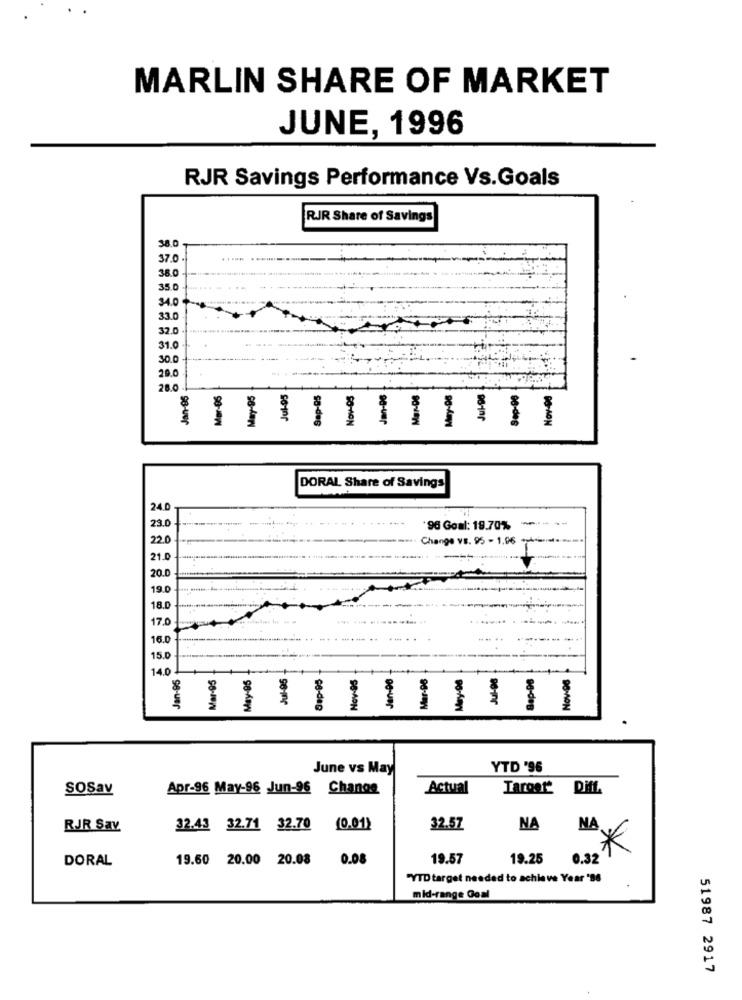
MARLIN SHARE OF MARKET
JUNE, 1996
RJR Savings Performance Vs.Goals
RJR Share of Savings
38.0
37.0
.....
38.0
35.0
34.0
33.0
32.0
31.0
30.0
29.0
26.0
Jan-96
Mar-06
Jul-98
Sep-06
Nov-00
111111;
DORAL Share of Savings
24.
23.0
-
'96 Goal: 19.70%
22.0
Change vs. 95 - 1.96
21.0
20.0
19.0
18.0
17.0
16.0 }
15.0
14.0
Jan-95
Mar-95
May-95
Jul-95
Sup-85
Nov-95
Jan-96
Mar-06
May-08
Ju-08
Gap-96
Nov-96
June vs May
YTD '96
SOSav
Apr-96 May-96 Jun-96 Change
Actual
Target"
Diff.
RJR Sav
32.43 32.71 32.70
(0.01)
32.57
NA
NA
*
DORAL
19.60 20.00 20.08
0.08
19.57
19.25
0.32
"YTD target needed to achieve Year '86
mid-range Goal
51987 2917